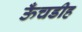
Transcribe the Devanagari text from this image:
ऊँचडीह